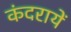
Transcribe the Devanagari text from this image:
कंदरायें